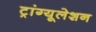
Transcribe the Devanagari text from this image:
ट्रांग्यूलेशन